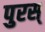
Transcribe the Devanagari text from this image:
पुरस्